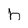
Character: h